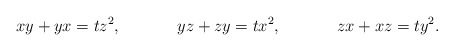
\begin{align*}xy+yx=t z^2, && yz+zy=t x^2, && zx+xz=t y^2.\end{align*}